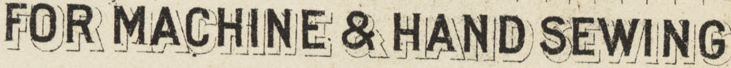
FOR MACHINE & HAND SEWING